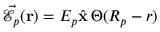
\vec { \mathcal { E } } _ { p } ( { \bf r } ) = E _ { p } \hat { \bf x } \, \Theta ( R _ { p } - r )